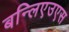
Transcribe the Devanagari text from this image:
बन्लिएउएस